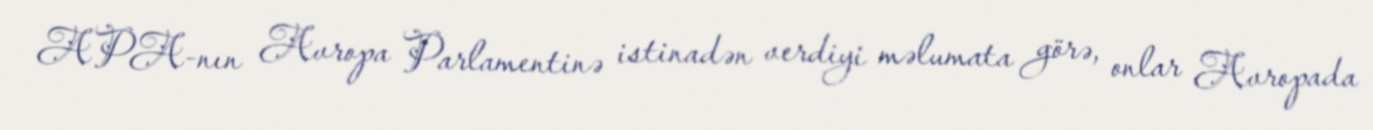
APA-nın Avropa Parlamentinə istinadən verdiyi məlumata görə, onlar Avropada